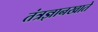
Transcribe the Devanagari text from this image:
तंत्रज्ञानखाते